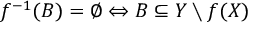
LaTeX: f ^ { - 1 } ( B ) = \varnothing \Leftrightarrow B \subseteq Y \setminus f ( X )